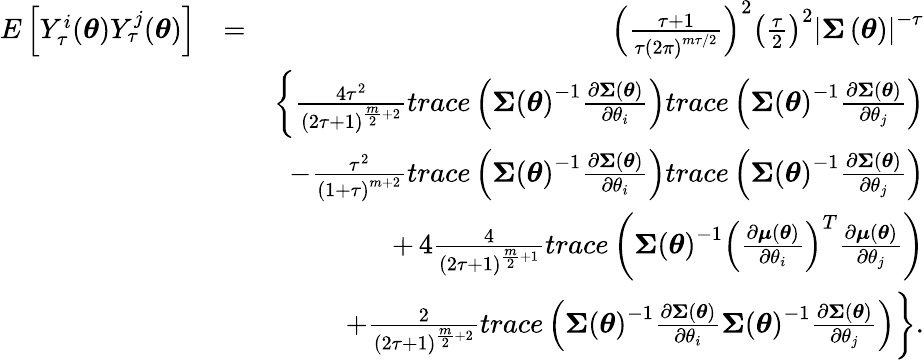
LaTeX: \begin{array}{rlr}{E\left[Y_{\tau}^{i}(\boldsymbol{\theta})Y_{\tau}^{j}(\boldsymbol{\theta})\right]}&{=}&{\left(\frac{\tau+1}{\tau\left(2\pi\right)^{m\tau/2}}\right)^{2}\left(\frac{\tau}{2}\right)^{2}\left\vert\boldsymbol{\Sigma}\left(\boldsymbol{\theta}\right)\right\vert^{-\tau}}\\ &{}&{\left\{ \frac{4\tau^{2}}{\left(2\tau+1\right)^{\frac{m}{2}+2}}trace\left(\boldsymbol{\Sigma}\left(\boldsymbol{\theta}\right)^{-1}\frac{\partial\boldsymbol{\Sigma}\left(\boldsymbol{\theta}\right)}{\partial\theta_{i}}\right)trace\left(\boldsymbol{\Sigma}\left(\boldsymbol{\theta}\right)^{-1}\frac{\partial\boldsymbol{\Sigma}\left(\boldsymbol{\theta}\right)}{\partial\theta_{j}}\right)\right.}\\ &{}&{\left.-\frac{\tau^{2}}{\left(1+\tau\right)^{m+2}}trace\left(\boldsymbol{\Sigma}\left(\boldsymbol{\theta}\right)^{-1}\frac{\partial\boldsymbol{\Sigma}\left(\boldsymbol{\theta}\right)}{\partial\theta_{i}}\right)trace\left(\boldsymbol{\Sigma}\left(\boldsymbol{\theta}\right)^{-1}\frac{\partial\boldsymbol{\Sigma}\left(\boldsymbol{\theta}\right)}{\partial\theta_{j}}\right)\right.}\\ &{}&{+\left.4\frac{4}{\left(2\tau+1\right)^{\frac{m}{2}+1}}trace\left(\boldsymbol{\Sigma}\left(\boldsymbol{\theta}\right)^{-1}\left(\frac{\partial\boldsymbol{\mu}\left(\boldsymbol{\theta}\right)}{\partial\theta_{i}}\right)^{T}\frac{\partial\boldsymbol{\mu}\left(\boldsymbol{\theta}\right)}{\partial\theta_{j}}\right)\right.}\\ &{}&{\left.+\frac{2}{\left(2\tau+1\right)^{\frac{m}{2}+2}}trace\left(\boldsymbol{\Sigma}\left(\boldsymbol{\theta}\right)^{-1}\frac{\partial\boldsymbol{\Sigma}\left(\boldsymbol{\theta}\right)}{\partial\theta_{i}}\boldsymbol{\Sigma}\left(\boldsymbol{\theta}\right)^{-1}\frac{\partial\boldsymbol{\Sigma}\left(\boldsymbol{\theta}\right)}{\partial\theta_{j}}\right)\right\} .}\end{array}